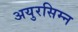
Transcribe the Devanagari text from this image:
अयुरसिम्न